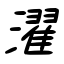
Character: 濯